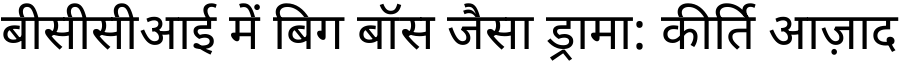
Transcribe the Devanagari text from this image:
बीसीसीआई में बिग बॉस जैसा ड्रामा: कीर्ति आज़ाद